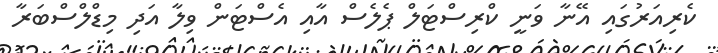
ކެރިއަރުގައި އޭނާ ވަނީ ކްރިސްޓަލް ޕެލެސް އާއި އެސްޓަން ވިލާ އަދި މިޑްލްސްބަރާ